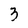
Character: 3